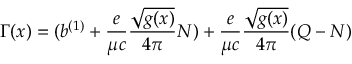
\Gamma ( x ) = ( b ^ { ( 1 ) } + { \frac { e } { \mu c } } { \frac { \sqrt { g ( x ) } } { 4 \pi } } N ) + { \frac { e } { \mu c } } { \frac { \sqrt { g ( x ) } } { 4 \pi } } ( Q - N )